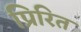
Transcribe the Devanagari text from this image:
प्रिरित